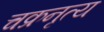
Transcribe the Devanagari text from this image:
चक्रनृत्य